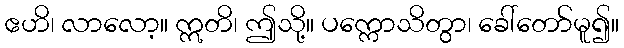
ဧဟိ၊ လာလော့။ ဣတိ၊ ဤသို့။ ပက္ကောသိတွာ၊ ခေါ်တော်မူ၍။